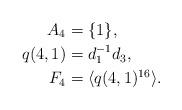
LaTeX: \begin{align*}A_4&=\{1\},\\q(4,1)&=d_1^{-1}d_3,\\F_4&=\langle q(4,1)^{16}\rangle.\end{align*}